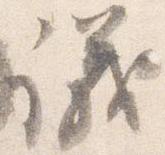
議